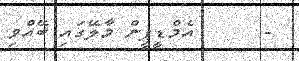
-      އެމްޑީޕީން މާލޭގައި ބޭއްވި